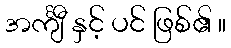
အင်္ကျီ နှင့် ပင် ဖြစ်၏ ။